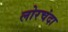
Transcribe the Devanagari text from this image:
लोरचंदा